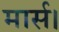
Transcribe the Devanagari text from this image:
मार्स।